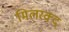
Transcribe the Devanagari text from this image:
मिलरक्द